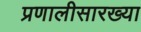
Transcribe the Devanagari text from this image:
प्रणालीसारख्या